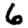
Digit: 6